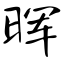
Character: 晖